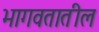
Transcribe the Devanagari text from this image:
भागवतातील